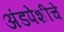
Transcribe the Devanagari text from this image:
अंडपेशीचे